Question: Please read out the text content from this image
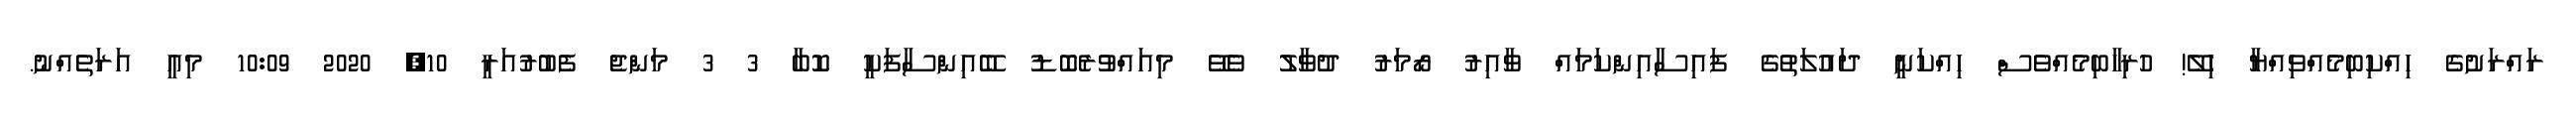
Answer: ރައްރަށުގެ ހިއްކިބިމެއްވިއްޔާ ހިލޭ! ހުރިހާބިމެއްވެސް ހިއްކަނީ ދައުލަތުގެ ފައިސާއިންކަމައް ވާއިރު ރޯމަރު ދުވާލު ވެވޭ މިއައްވުރެބޮޑު ބޭއިންސާފަކީ ކޮބާ 3 3 މަންޖެ ފެބުރުއަރީ 10, 2020 10:09 މިއީ އަރަތެއްނު.